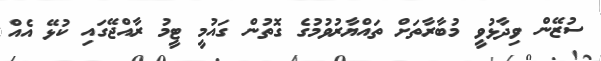
ސުޒޭން ވިދާޅުވީ މުބާރާތަށް ތައްޔާރުވުމުގެ ގޮތުން ގައުމީ ޓީމު ރާއްޖޭގައި ކުޅޭ އެއް